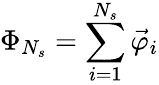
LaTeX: \Phi_{N_{s}}=\sum_{i=1}^{N_{s}}\vec{\varphi}_{i}